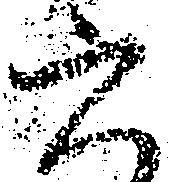
六